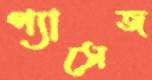
প্যাসেজ